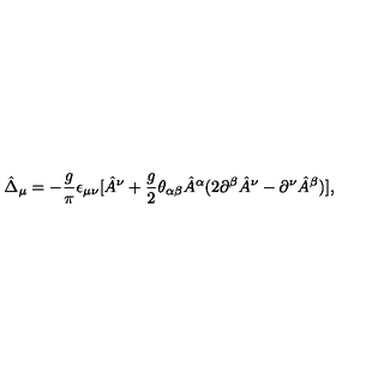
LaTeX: \hat { \Delta } _ { \mu } = - { \frac { g } { \pi } } \epsilon _ { \mu \nu } [ \hat { A } ^ { \nu } + { \frac { g } { 2 } } \theta _ { \alpha \beta } \hat { A } ^ { \alpha } ( 2 \partial ^ { \beta } \hat { A } ^ { \nu } - \partial ^ { \nu } \hat { A } ^ { \beta } ) ] ,